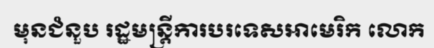
មុនជំនួប រដ្ឋមន្ត្រីការបរទេសអាមេរិក លោក